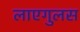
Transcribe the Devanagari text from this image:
लाएगुलस